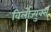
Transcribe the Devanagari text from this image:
विर्लोज्युक्स